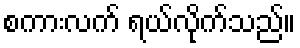
စကားလက် ရယ်လိုက်သည်။